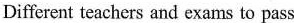
Different teachers and exams to pass